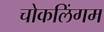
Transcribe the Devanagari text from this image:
चोकलिंगम